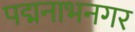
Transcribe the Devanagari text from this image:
पद्मनाभनगर